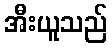
အီးယူသည်